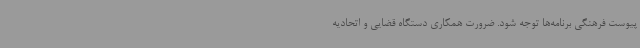
پیوست فرهنگی برنامه‌ها توجه شود. ضرورت همکاری دستگاه قضایی و اتحادیه